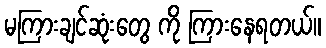
မကြားချင်ဆုံးတွေ ကို ကြားနေရတယ်။